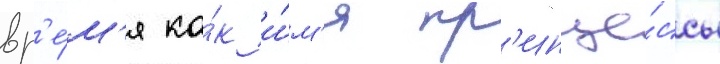
вр'е́м'я ка́к и́м'я пр'инце́ссы